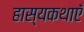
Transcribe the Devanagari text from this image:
हास्यकथाएँ